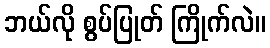
ဘယ်လို စွပ်ပြုတ် ကြိုက်လဲ။